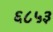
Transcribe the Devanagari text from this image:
६८५३